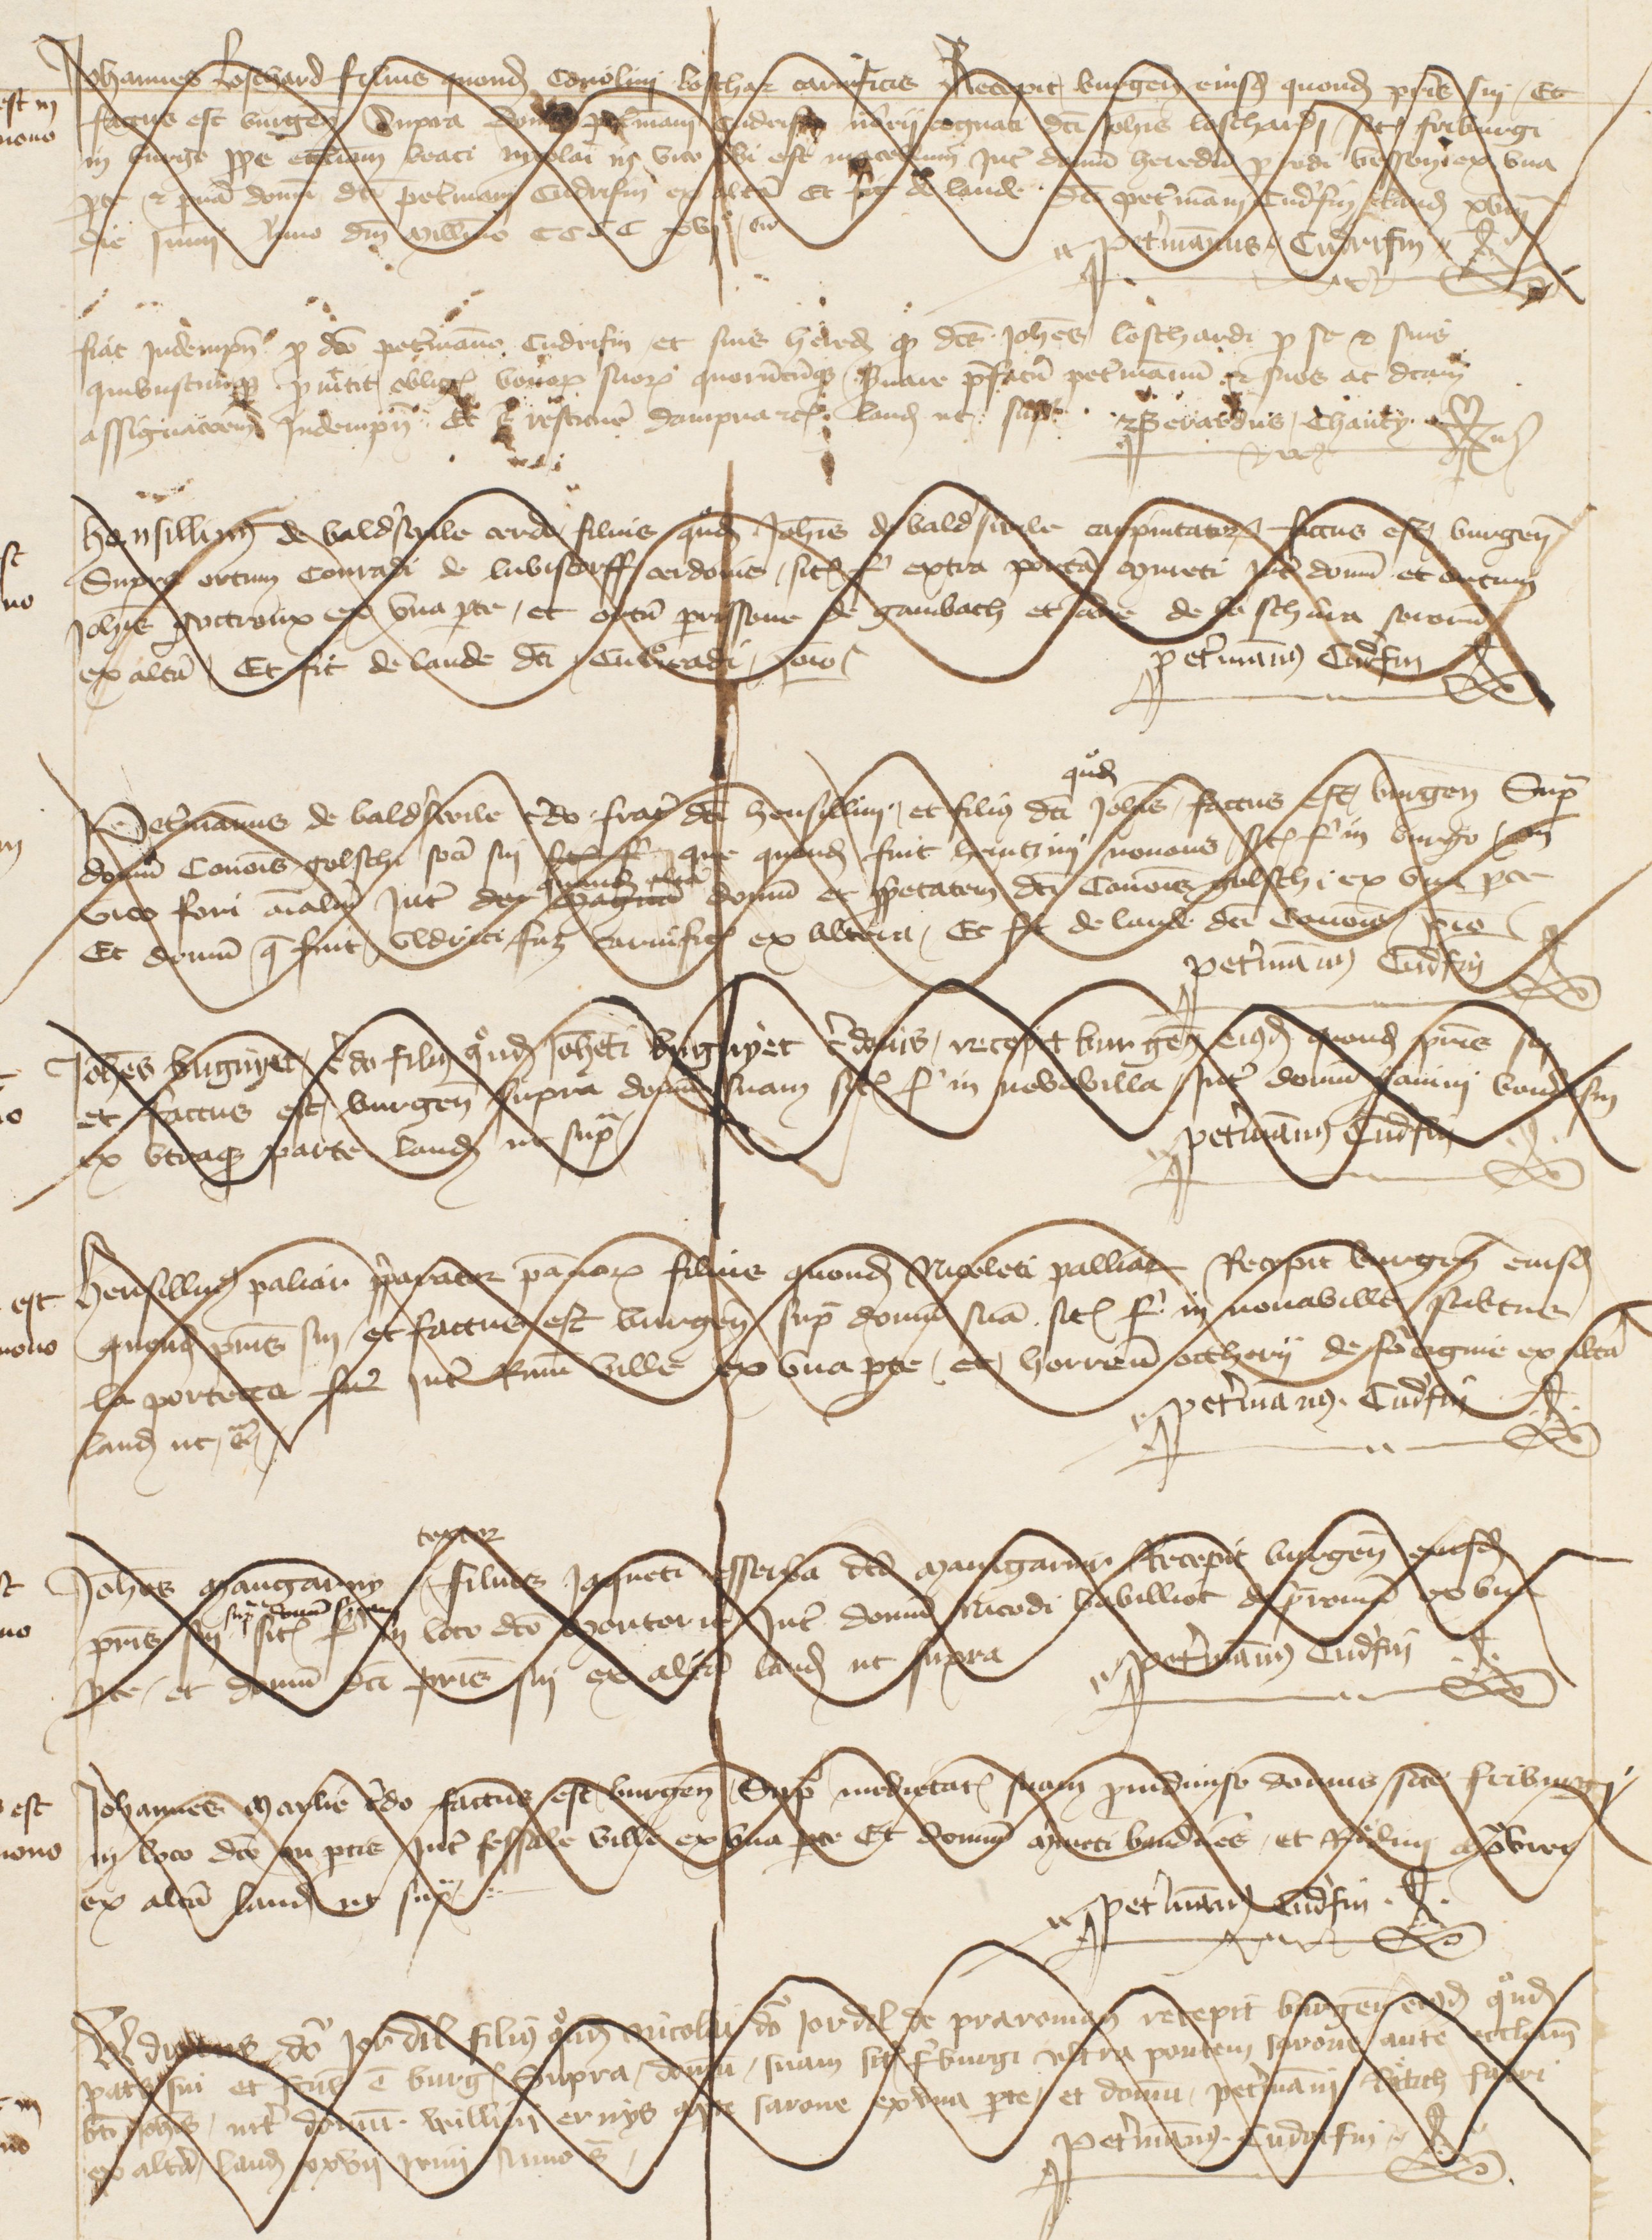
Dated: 1341–1416